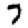
Digit: 7